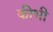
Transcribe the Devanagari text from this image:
कीभी